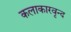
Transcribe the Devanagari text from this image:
कलाकारवृन्द